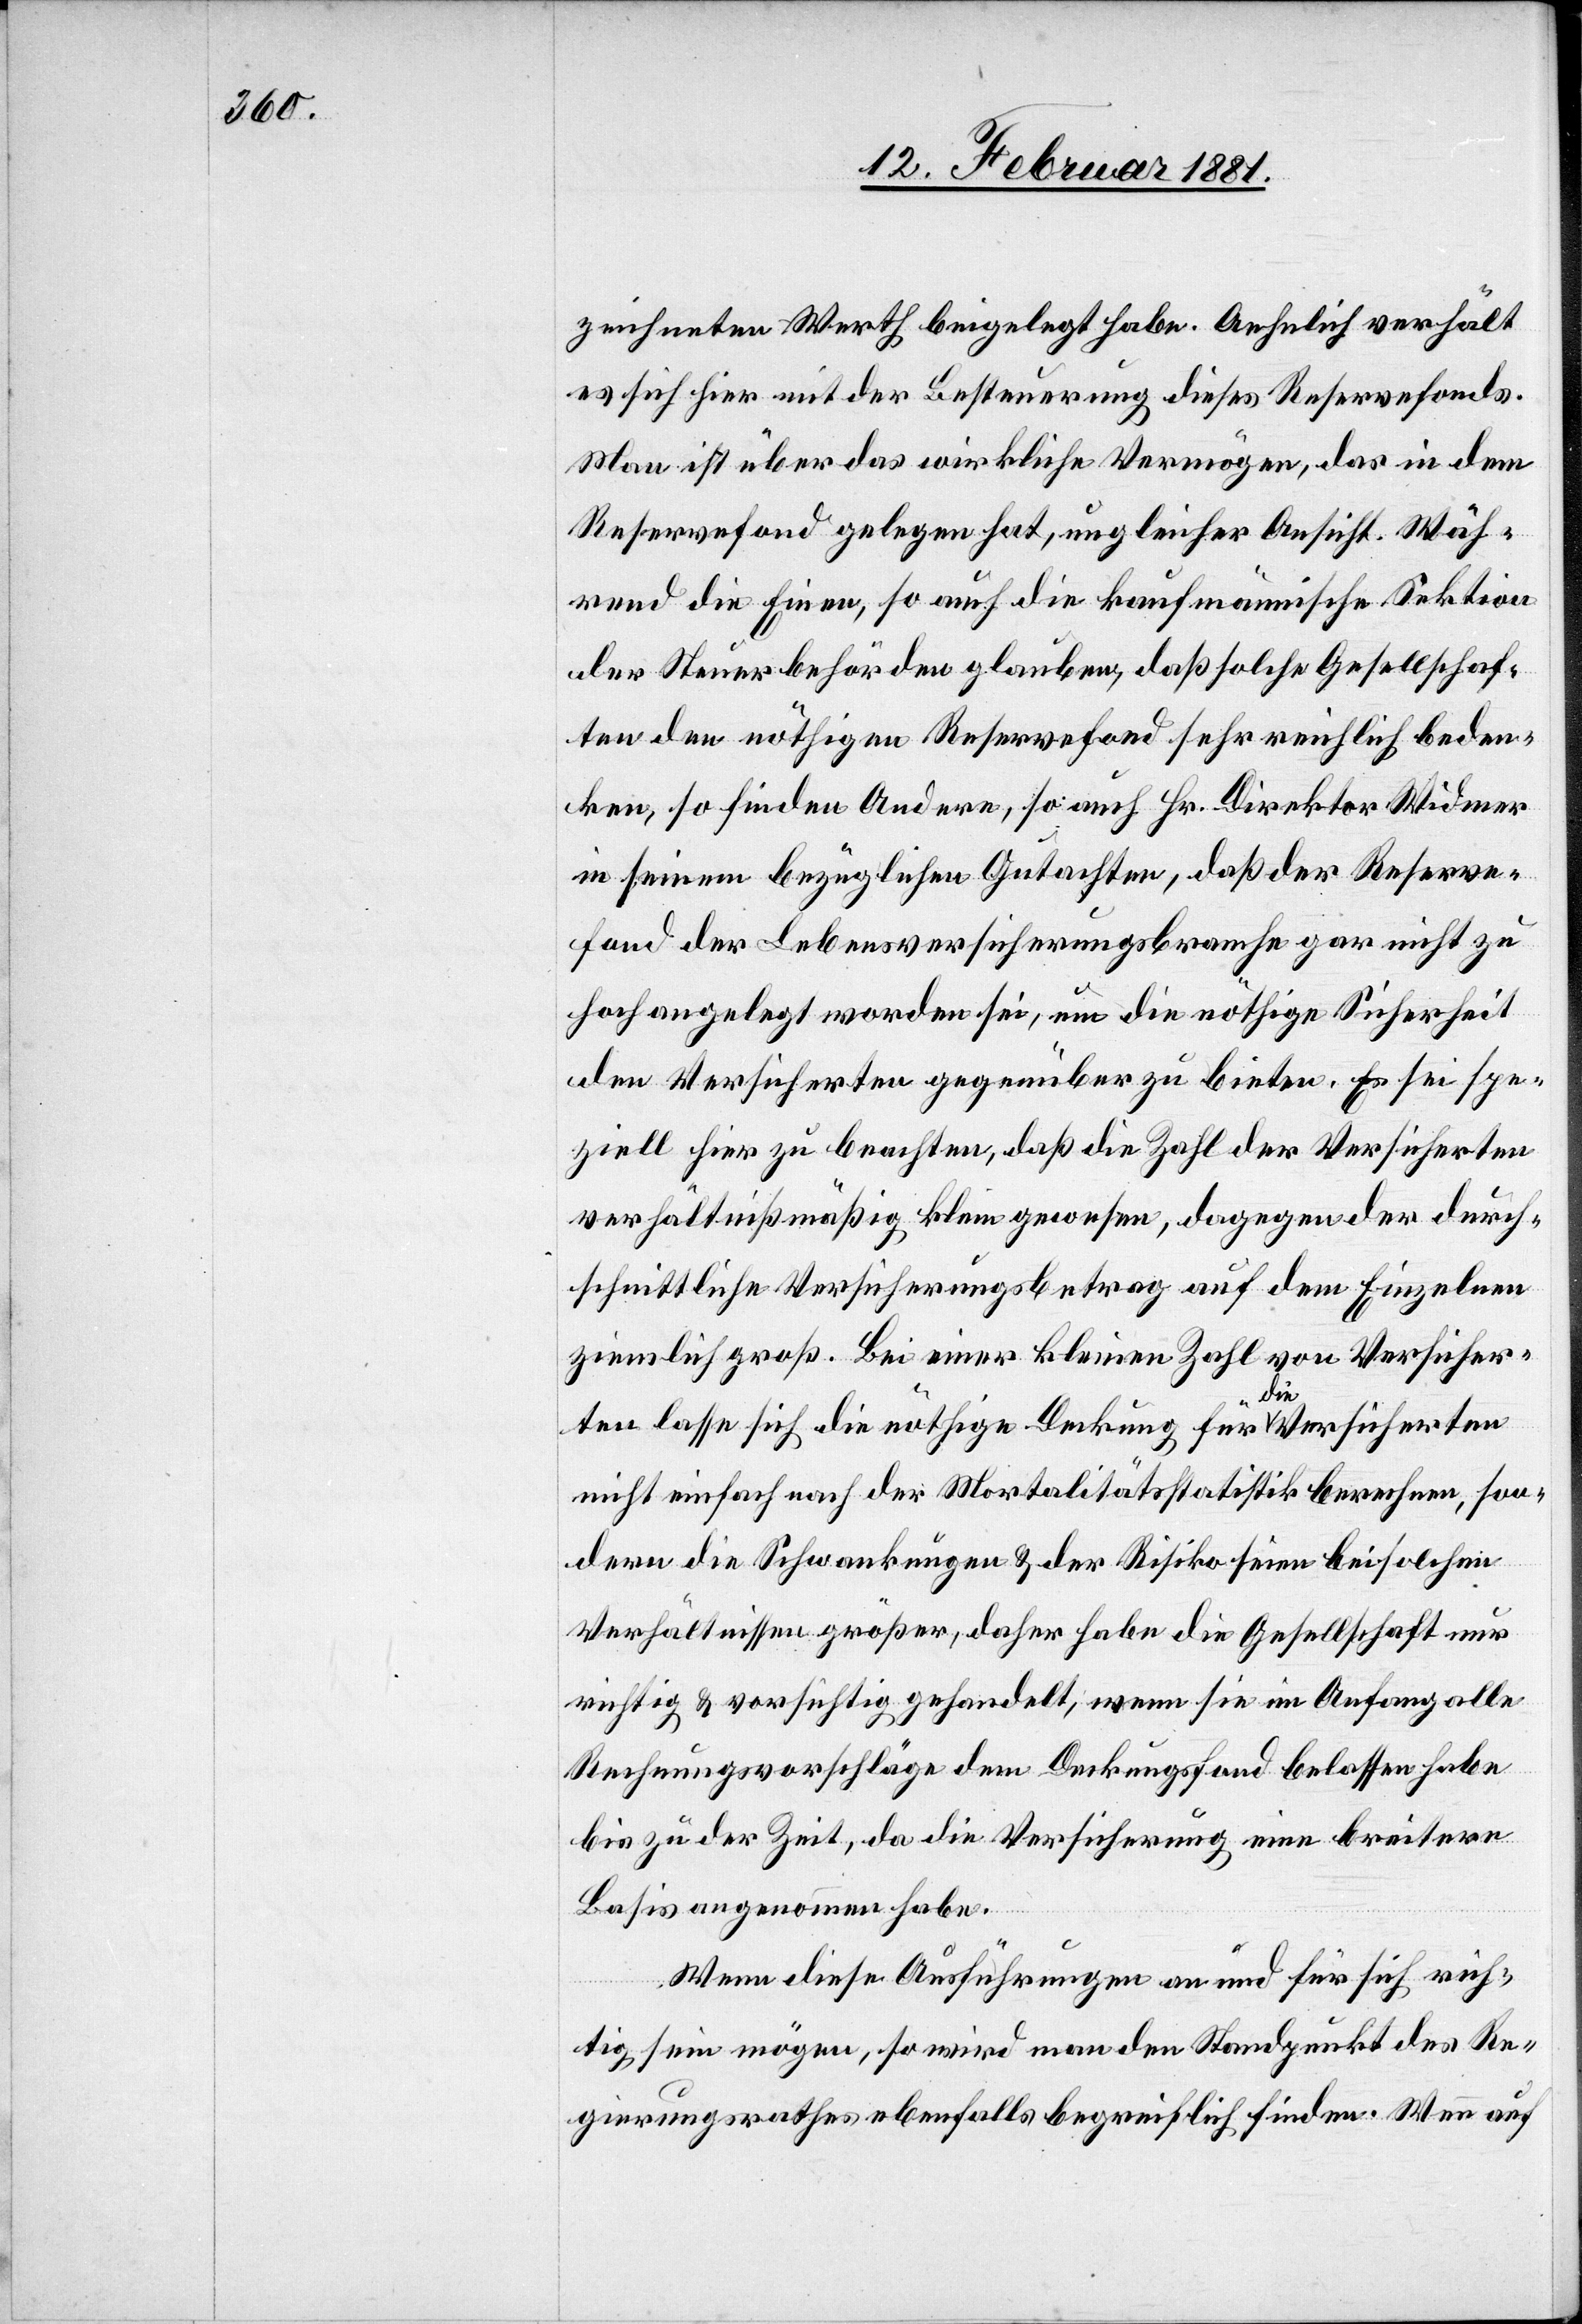
zeichneten Werth beigelegt habe. Aehnlich verhält
es sich hier mit der Besteuerung dieses Reservefonds.
Man ist über das wirkliche Vermögen, das in dem
Reservefond gelegen hat, ungleicher Ansicht. Wäh¬
rend die Einen, so auch die kaufmännische Sektion
der Steuerbehörden glauben, daß solche Gesellschaf¬
ten den nöthigen Reservefond sehr reichlich beden¬
ken, so finden Andere, so auch Hr. Direktor Widmer
in seinem bezüglichen Gutachten, daß der Reserve¬
fond der Lebensversicherungsbranche gar nicht zu
hoch angelegt worden sei, um die nöthige Sicherheit
den Versicherten gegenüber zu bieten. Es sei spe¬
ziell hier zu beachten, daß die Zahl der Versicherten
verhältnißmäßig klein gewesen, dagegen der durch¬
schnittliche Versicherungsbetrag auf dem Einzelnen
ziemlich groß. Bei einer kleinen Zahl von Versicher¬
ten lasse sich die nöthige Deckung für die Versicherten
nicht einfach nach der Mortalitätsstatistik berechnen, son¬
dern die Schwankungen & der Risiko seien bei solchen
Verhältnissen größer, daher habe die Gesellschaft nur
richtig & vorsichtig gehandelt, wenn sie im Anfang alle
Rechnungsvorschläge dem Deckungsfond belassen habe
bis zu der Zeit, da die Versicherung eine breitere
Basis angenommen habe.
Wenn diese Ausführungen an und für sich rich¬
tig sein mögen, so wird man den Standpunkt des Re¬
gierungsrathes ebenfalls begreiflich finden. Wenn auf